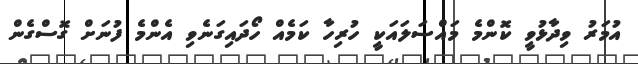
އުމަރު ވިދާޅުވީ ކޮންމެ މައްސަލައަކީ ހުރިހާ ކަމެއް ހޯދައިގަނެވި އެންމެ ފުނަށް ގޮސްގެން